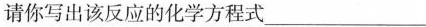
请你写出该反应的化学方程式___